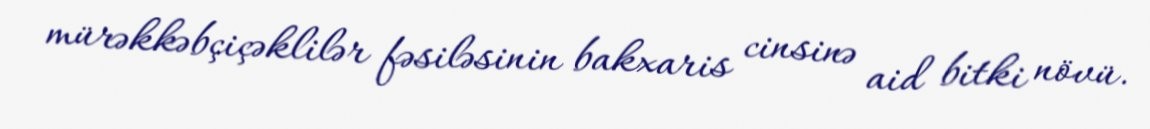
mürəkkəbçiçəklilər fəsiləsinin bakxaris cinsinə aid bitki növü.